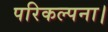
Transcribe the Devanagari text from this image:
परिकल्पना।